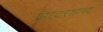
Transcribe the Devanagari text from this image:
मिस्टरशाफ्ट